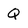
Character: Q